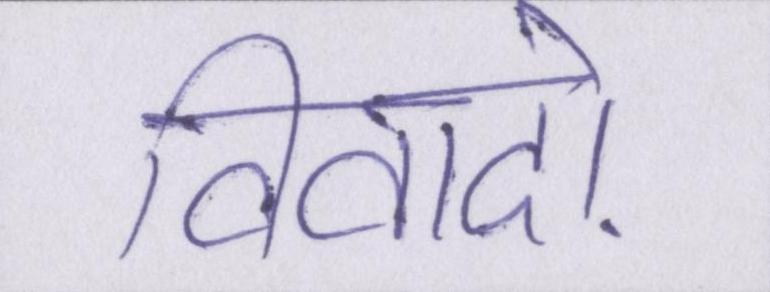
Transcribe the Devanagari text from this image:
विवादों